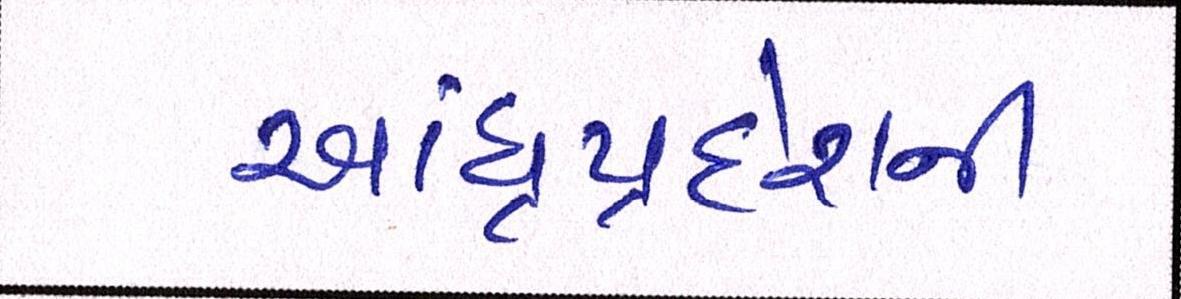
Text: આંધ્રપ્રદેશની